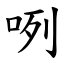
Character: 咧